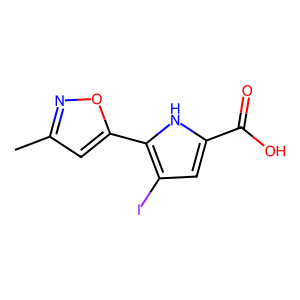
SMILES: Cc1cc(-c2[nH]c(C(=O)O)cc2I)on1
Inhibits HIV replication: No